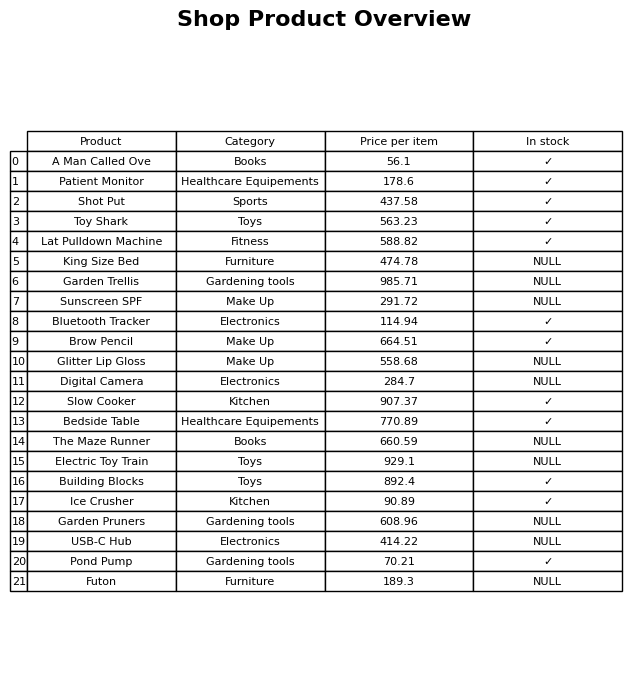
question: What is the price for Patient Monitor?
answer: The price of Patient Monitor is 178.6.